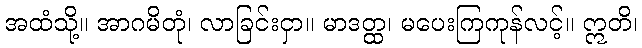
အထံသို့။ အာဂမိတုံ၊ လာခြင်းငှာ။ မာဒတ္ထ၊ မပေးကြကုန်လင့်။ ဣတိ၊